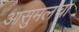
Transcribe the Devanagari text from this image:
आसुमलचा